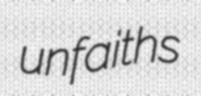
unfaiths